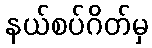
နယ်စပ်ဂိတ်မှ